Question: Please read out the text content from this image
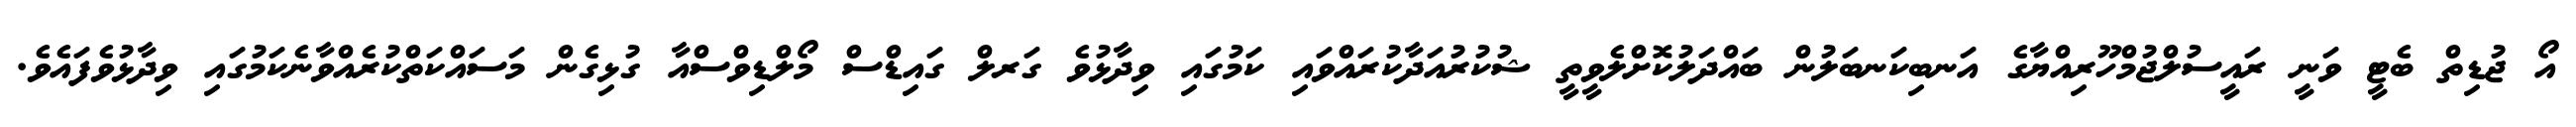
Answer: އޯ ޖުޑިތް ބެޓީ ވަނީ ރައީސުލްޖުމްހޫރިއްޔާގެ އަނބިކަނބަލުން ބައްދަލުކޮށްލެވީތީ ޝުކުރުއަދާކުރައްވައި ކަމުގައި ވިދާޅުވެ ގަރލް ގައިޑްސް މޯލްޑިވްސްއާ ގުޅިގެން މަސައްކަތްކުރެއްވާނެކަމުގައި ވިދާޅުވެފައެވެ.